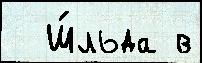
  Ш́льда в